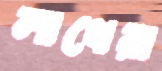
লাখেরা